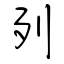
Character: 列